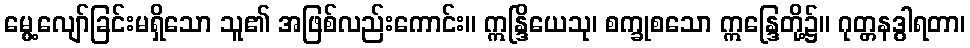
မွေ့လျော်ခြင်းမရှိသော သူ၏ အဖြစ်လည်းကောင်း။ ဣန္ဒြိယေသု၊ စက္ခုစသော ဣန္ဒြေတို့၌။ ဂုတ္တနဒွါရတာ၊